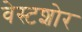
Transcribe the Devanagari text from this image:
वेस्टशोर